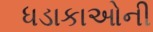
ધડાકાઓની